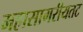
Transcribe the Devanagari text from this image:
महासागरीयतट